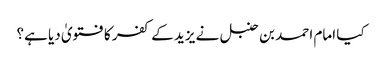
کیا امام احمد بن حنبل نے یزید کے کفر کا فتویٰ دیا ہے؟